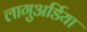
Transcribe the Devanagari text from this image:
लागुअर्डिया